Vaccination in the Punjab 1905-1918 - 1905-1918
Year: 1905
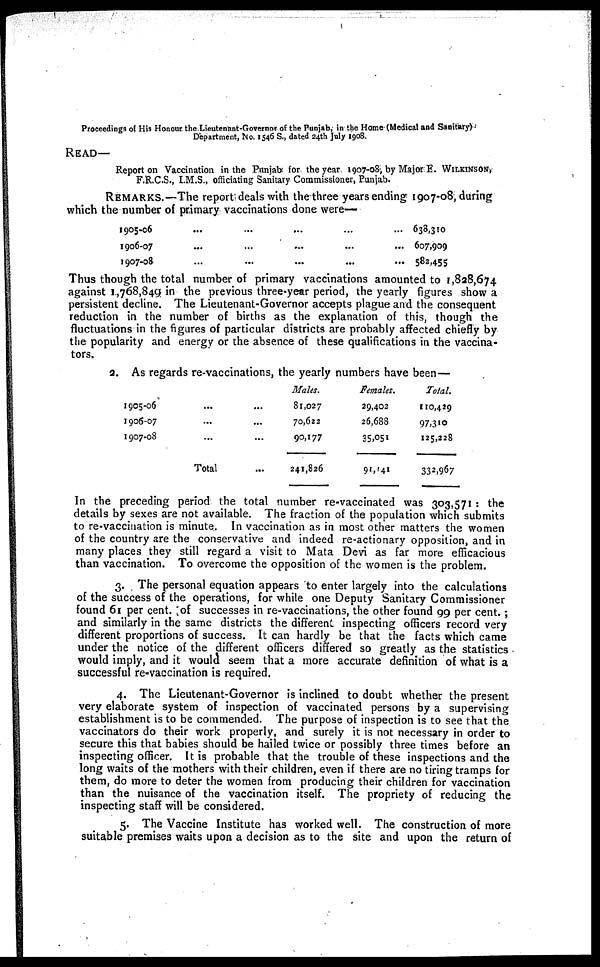
Proceedings of His Honour the Lieutenant-Governor of the Punjab, in the Home (Medical and Sanitary)
Department, No. 1546 S., dated 24th July 1908.
READ—
Report on Vaccination in the Punjab for the year 1907-08, by Major E. WILKINSON,
F.R.C.S., I.M.S., officiating Sanitary Commissioner, Punjab.
REMARKS.—The report deals with the three years ending 1907-08, during
which the number of primary vaccinations done were—
1905-06
1906-07
1907-08
...
...
...
...
...
...
...
...
...
...
...
...
...
...
...
638,310
607,909
582,455
Thus though the total number of primary vaccinations amounted to 1,828,674
against 1,768,849 in the previous three-year period, the yearly figures show a
persistent decline. The Lieutenant-Governor accepts plague and the consequent
reduction in the number of births as the explanation of this, though the
fluctuations in the figures of particular districts are probably affected chiefly by
the popularity and energy or the absence of these qualifications in the vaccina-
tors.
2. As regards re-vaccinations, the yearly numbers have been—
1905-06 ... ...
1906-07 ... ...
1907-08 ... ...
Total ...
Males.
81,027
70,622
90,177
241,826
Females.
29,402
26,688
35,051
91,141
Total.
110,429
97,310
125,228
332,967
In the preceding period the total number re-vaccinated was 303,571 : the
details by sexes are not available. The fraction of the population which submits
to re-vaccination is minute. In vaccination as in most other matters the women
of the country are the conservative and indeed re-actionary opposition, and in
many places they still regard a visit to Mata Devi as far more efficacious
than vaccination. To overcome the opposition of the women is the problem.
3. The personal equation appears to enter largely into the calculations
of the success of the operations, for while one Deputy Sanitary Commissioner
found 61 per cent. of successes in re-vaccinations, the other found 99 per cent.;
and similarly in the same districts the different inspecting officers record very
different proportions of success. It can hardly be that the facts which came
under the notice of the different officers differed so greatly as the statistics
would imply, and it would seem that a more accurate definition of what is a
successful re-vaccination is required.
4. The Lieutenant-Governor is inclined to doubt whether the present
very elaborate system of inspection of vaccinated persons by a supervising
establishment is to be commended. The purpose of inspection is to see that the
vaccinators do their work properly, and surely it is not necessary in order to
secure this that babies should be hailed twice or possibly three times before an
inspecting officer. It is probable that the trouble of these inspections and the
long waits of the mothers with their children, even if there are no tiring tramps for
them, do more to deter the women from producing their children for vaccination
than the nuisance of the vaccination itself. The propriety of reducing the
inspecting staff will be considered.
5. The Vaccine Institute has worked well. The construction of more
suitable premises waits upon a decision as to the site and upon the return of